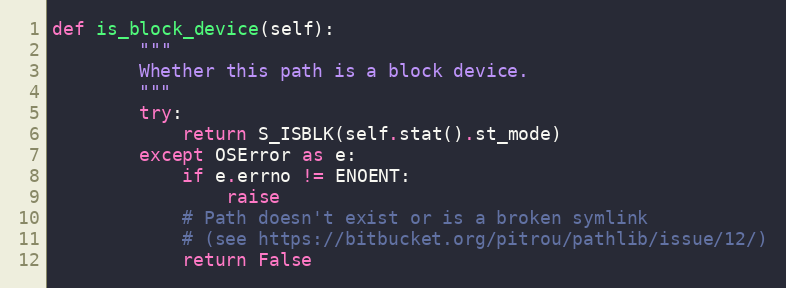
Language: Python
def is_block_device(self):
        """
        Whether this path is a block device.
        """
        try:
            return S_ISBLK(self.stat().st_mode)
        except OSError as e:
            if e.errno != ENOENT:
                raise
            # Path doesn't exist or is a broken symlink
            # (see https://bitbucket.org/pitrou/pathlib/issue/12/)
            return False